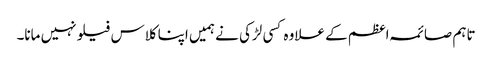
تاہم صائمہ اعظم کے علاوہ کسی لڑکی نے ہمیں اپنا کلاس فیلو نہیں مانا۔